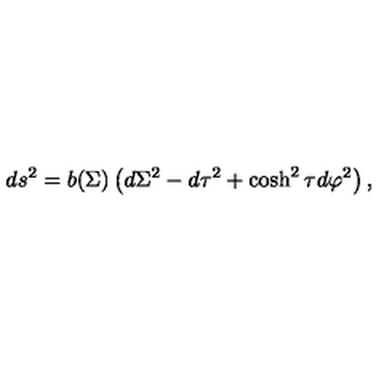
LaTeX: d s ^ { 2 } = b ( \Sigma ) \left( d \Sigma ^ { 2 } - d \tau ^ { 2 } + \cosh ^ { 2 } \tau d \varphi ^ { 2 } \right) ,